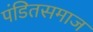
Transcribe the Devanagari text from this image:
पंडितसमाज